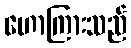
ဟောကြားသည်